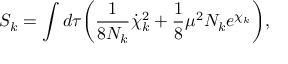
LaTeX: S _ { k } = \int d \tau \biggl ( { \frac { 1 } { 8 N _ { k } } } { \dot { \chi } _ { k } } ^ { 2 } + { \frac { 1 } { 8 } } \mu ^ { 2 } N _ { k } e ^ { \chi _ { k } } \biggr ) ,